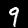
Label: 9